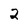
Character: 2